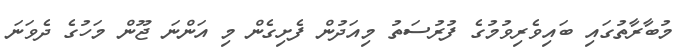
މުބާރާތުގައި ބައިވެރިވުމުގެ ފުރުސަތު މިއަދުން ފެށިގެން މި އަންނަ ޖޫން މަހުގެ ދެވަނަ